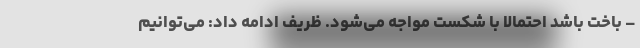
– باخت باشد احتمالا با شکست مواجه می‌شود. ظریف ادامه داد: می‌توانیم